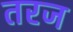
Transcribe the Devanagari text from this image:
तरज